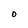
Character: O